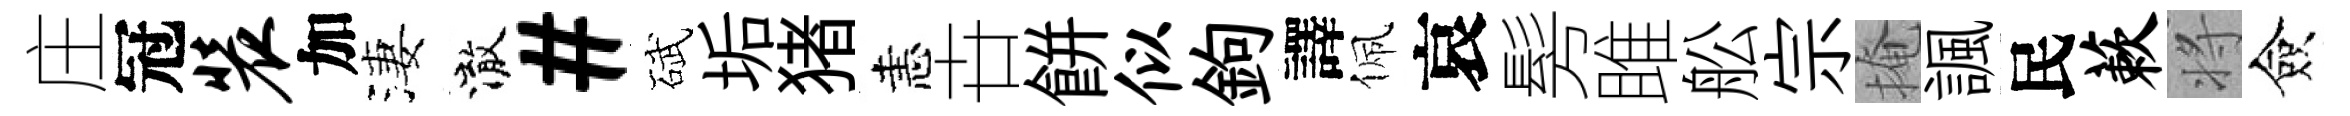
庄冠装加淒澈#碔垢猪恚卋餅似鉤譯佩哀髣雎舩宗掩諷民蔌将僉